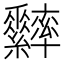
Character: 𦈁